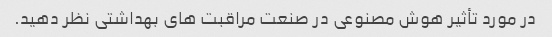
در مورد تأثیر هوش مصنوعی در صنعت مراقبت های بهداشتی نظر دهید.